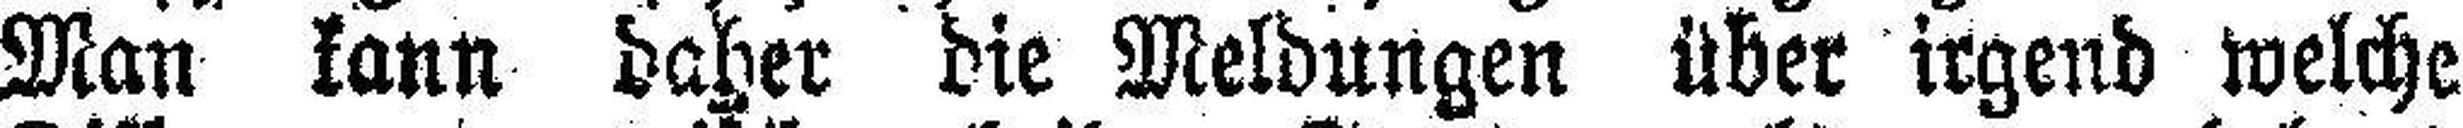
Man kann daher die Meldungen über irgend welche